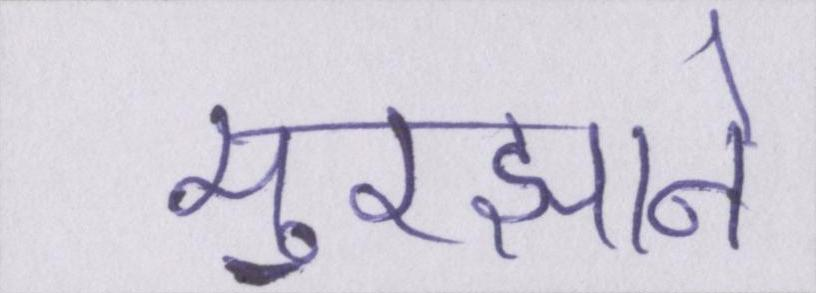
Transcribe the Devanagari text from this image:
मुरझाने